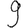
Digit: 9